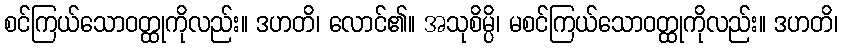
စင်ကြယ်သောဝတ္ထုကိုလည်း။ ဒဟတိ၊ လောင်၏။ အသုစိမ္ပိ၊ မစင်ကြယ်သောဝတ္ထုကိုလည်း။ ဒဟတိ၊